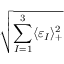
\sqrt { \displaystyle \sum _ { I = 1 } ^ { 3 } \langle \varepsilon _ { I } \rangle _ { + } ^ { 2 } }